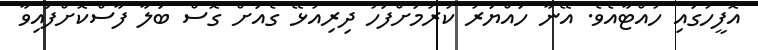
އޮފީހުގައި ހުއްޓާއެވެ. އޭނާ ހައްޔަރު ކުރުމަށްފަހު ދިރިއުޅޭ ގެއަށް ގޮސް ބަލާ ފާސްކޮށްފައިވާ